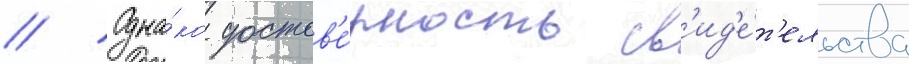
// Одна́ко достов'е́рность св'ид'е́т'ельства